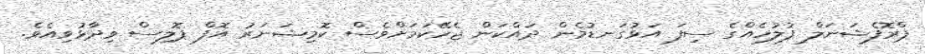
ޕްރޮފެޝަނަލް ފުލުހެއްގެ ސިފަ އަޅުގަނޑުމެން ދައްކަން ޖެހޭކަމަށްވެސް ކޮމިޝަނަރު އޮފް ޕޮލިސް ވިދާޅުވިއެވެ.